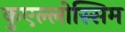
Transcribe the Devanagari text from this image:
कुएल्लोस्सिम